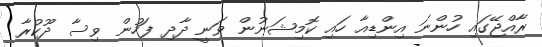
ރާއްޖޭގައި ހުންނަ އިންޑިއާ ހައި ކޮމިޝަނުން ވަނީ ދާދި ފަހުން ވިސާ ދޫކުރާ